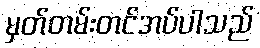
မှတ်တမ်းတင်အပ်ပါသည်